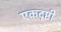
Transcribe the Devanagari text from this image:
एकदृष्टी